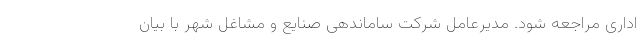
اداری مراجعه شود. مدیرعامل شرکت ساماندهی صنایع و مشاغل شهر با بیان